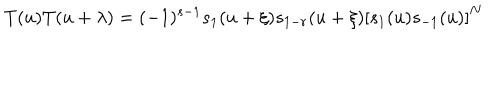
T ( u ) T ( u + \lambda ) = ( - 1 ) ^ { s - 1 } s _ { 1 } ( u + \xi ) s _ { 1 - r } ( u + \xi ) \left[ s _ { 1 } ( u ) s _ { - 1 } ( u ) \right] ^ { N }